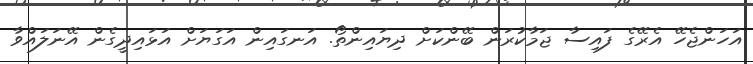
އަހަންޖެހޭ އެރޭގެ ފައިސާ ޖަމާކުރަން ބޭންކަށް ދިޔައިންތޯ. އަނގައިން އަގަޔަށް އަޅައިދީގެން އޭނަލައްވާ